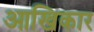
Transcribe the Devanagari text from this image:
आखिकार